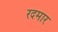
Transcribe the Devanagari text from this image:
रदमार